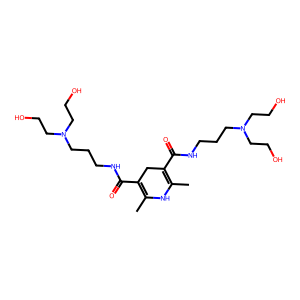
SMILES: CC1=C(C(=O)NCCCN(CCO)CCO)CC(C(=O)NCCCN(CCO)CCO)=C(C)N1
Inhibits HIV replication: No